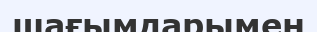
шағымдарымен